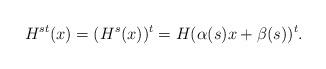
LaTeX: \begin{align*}H^{st}(x)=(H^{s}(x))^{t}=H(\alpha (s)x+\beta (s))^{t}. \end{align*}